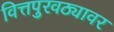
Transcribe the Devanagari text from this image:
वित्तपुरवठ्यावर